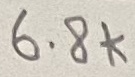
Text: 6.8k